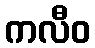
ကလီဝ